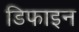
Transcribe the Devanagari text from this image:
डिफाइन